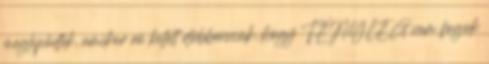
meglepődtek, amikor rá kellett döbbenniük, hogy TÉNYLEG nem fogok